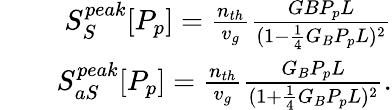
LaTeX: \begin{array}{rlr}&{}&{S_{S}^{peak}[P_{p}]=\frac{n_{th}}{v_{g}}\frac{GBP_{p}L}{(1-\frac{1}{4}G_{B}P_{p}L)^{2}}}\\ &{}&{S_{aS}^{peak}[P_{p}]=\frac{n_{th}}{v_{g}}\frac{G_{B}P_{p}L}{(1+\frac{1}{4}G_{B}P_{p}L)^{2}}.}\end{array}